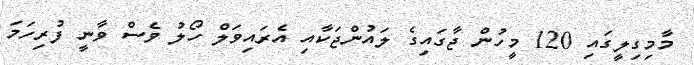
މާމިގިލީގައި 120 މީހުން ޖާގައިގެ ލައުންޖަކާއި އެރައިވަލް ހޯލު ވެސް ވާނީ ފުރިހަމަ